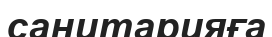
санитарияға